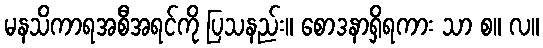
မနသိကာရအစီအရင်ကို ပြသနည်း။ စောဒနာရှိရကား သာ စ။ လ။